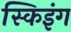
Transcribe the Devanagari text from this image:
स्किइंग